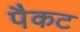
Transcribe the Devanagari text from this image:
पैकट